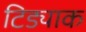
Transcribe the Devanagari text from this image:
टिड्याक